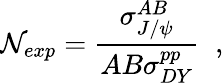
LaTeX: {\cal\mathcal{N}}_{exp}={\frac{{\sigma_{J/\psi}^{AB}}}{{AB\sigma_{DY}^{pp}}}}\; \; ,